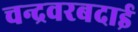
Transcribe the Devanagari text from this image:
चन्द्रवरबदाई